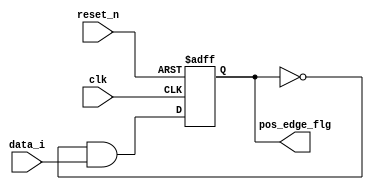
`timescale 1ns/1ps

module lib_posedge_flg_v0 ( input      clk,
							input      reset_n,
							input	   data_i,
							output reg pos_edge_flg
							);

// posedge detector
always @(posedge clk or negedge reset_n)
if (!reset_n)
	pos_edge_flg <= 1'b0;
else
	pos_edge_flg <= ~pos_edge_flg & data_i;

endmodule